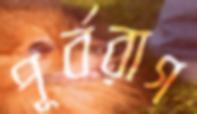
পূর্বরাগ